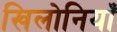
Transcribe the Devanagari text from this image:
खिलोनियाँ